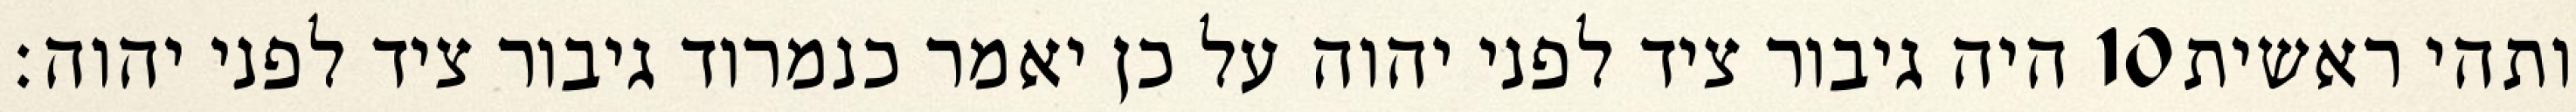
היה גיבור ציד לפני יהוה על כן יאמר כנמרוד גיבור ציד לפני יהוה׃ ‎10‏ ותהי ראשית